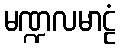
မဏ္ဍလမာဠံ